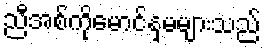
ညီအစ်ကိုမောင်နှမများသည်